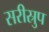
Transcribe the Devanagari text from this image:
सरीस्रुप